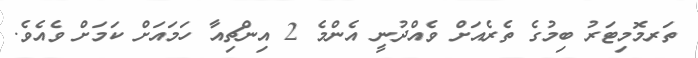
ތަރމޮމިޓަރު ބިމުގެ ތެރެއަށް ވެއްދުނީ އެންމެ 2 އިންޗިއާ ހަމައަށް ކަމަށް ވެއެވެ.